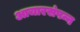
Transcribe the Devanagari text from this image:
आचारसंपन्न